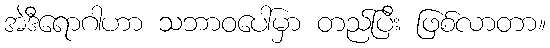
အဲဒီရောဂါဟာ သဘာဝပေါ်မှာ တည်ပြီး ဖြစ်လာတာ။